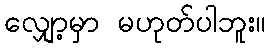
လျှော့မှာ မဟုတ်ပါဘူး။